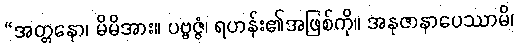
“အတ္တနော၊ မိမိအား။ ပဗ္ဗဇ္ဇံ၊ ရဟန်း၏အဖြစ်ကို။ အနုဇာနာပေဿာမိ၊